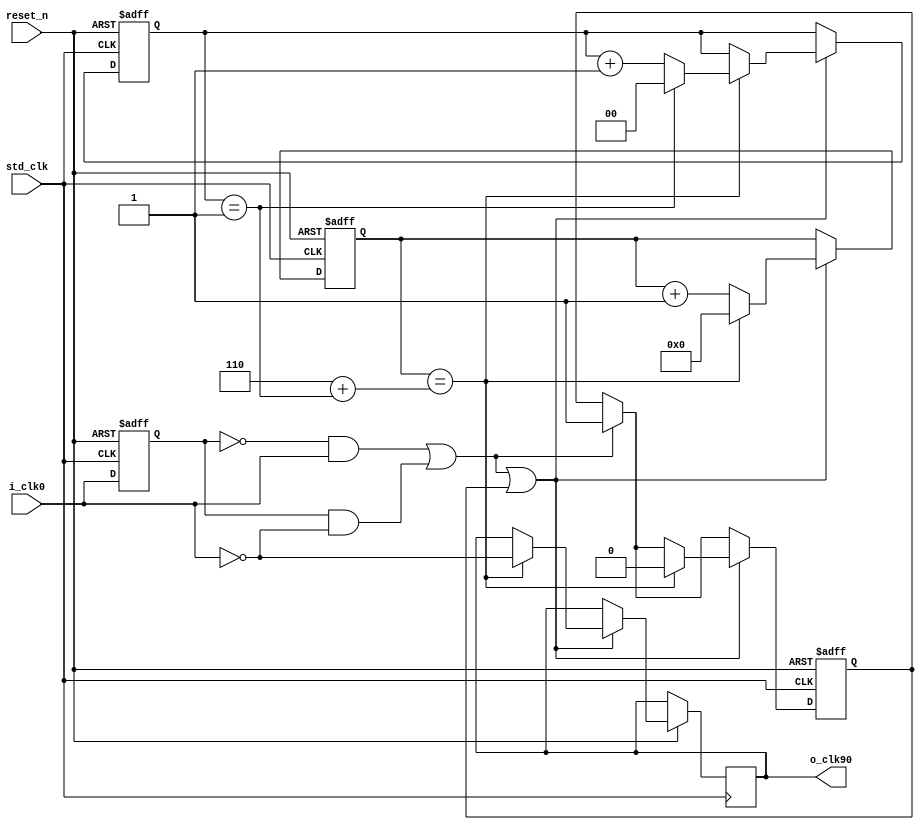
`timescale 1ns / 1ps
//////////////////////////////////////////////////////////////////////////////////
// Company: 
// 
// Design Name:    90 degrees Clock Shifter
// Module Name:    clk_shift90 
// Project Name: 
// Target Devices: 
// Tool versions: 
// Description: 
//
// Dependencies: 
//
// Revision: 
// Revision 0.01 - File Created
// Additional Comments: 
//
//////////////////////////////////////////////////////////////////////////////////
module clk_shift90
    (input std_clk, /* faster clock for sampling */
	 input reset_n,
	 input i_clk0,
	 output reg o_clk90 = 0       
    );
	function integer return_int(input integer num);
	   return_int =  num;
	endfunction
	
    parameter STD_CLK_FREQ = 12000000,
	          CLK_0_FREQ   = 400000,
		      SAMPLE_COUNT = return_int(STD_CLK_FREQ/(4 * CLK_0_FREQ)),
		      FRACTION_DENOMINATOR   = 2,
			  FRACTION_NUMERATOR     = 1'b1,
			  NUMERATOR_WIDTH        = 1,
			  DENOMINATOR_WIDTH      = 2,
			  COUNTER_WIDTH = 4
			  ;
	reg [COUNTER_WIDTH -1: 0] counter = 0;
	reg count_enable = 0; /* enabled at edges of i_clk0, disabled after SAMPLE_COUNT is reached */
	
	reg reg_iclk0 = 0;

	reg [DENOMINATOR_WIDTH -1:0] adj_counter;
	
	wire pos_edge = ~reg_iclk0 & i_clk0;
	wire neg_edge = reg_iclk0 & ~i_clk0;
	wire count_start = (pos_edge | neg_edge);
	generate
	if(FRACTION_DENOMINATOR == 0)
	begin
        always @(posedge std_clk, negedge reset_n)
	    begin
	        if(reset_n == 0)
	    	begin
	    	    reg_iclk0 <= 0;
	    		counter <= 0;
	    		count_enable <= 0;
	    	end
	    	else
	    	begin
	    	
	            reg_iclk0 <= i_clk0;
	    	
	    	   if(count_start)
	    	      count_enable <= 1;
	    		
	            if(count_start | counter_enable)
	    	      if(counter == (SAMPLE_COUNT - 1) )
	    		  begin
	    		    o_clk90 <= ~i_clk0;
	    			counter <= 0;
	    			count_enable <= 1'b0;
	    		  end
	    		  else
	    		      counter <= counter + 1'b1;
            end			  
	    end
	end
	else if(FRACTION_DENOMINATOR != 0)
	begin
		always @(posedge std_clk, negedge reset_n)
	    begin
	        if(reset_n == 0)
		    begin
		        reg_iclk0 <= 0;
			    counter <= 0;
			    count_enable <= 0;
				adj_counter <= 0;
		    end
		    else
		    begin
		
	            reg_iclk0 <= i_clk0;
		
		        if(count_start)
		            count_enable <= 1;
			
	            if(count_start | count_enable)
		            if(counter == (SAMPLE_COUNT - 1'b1 + (({NUMERATOR_WIDTH{(adj_counter == FRACTION_DENOMINATOR-1)}}) & (FRACTION_NUMERATOR))))
			        begin
			          o_clk90 <= ~i_clk0;
				      counter <= 0;
				      count_enable <= 1'b0;
					  adj_counter <= adj_counter + 1'b1;
					  if(adj_counter == (FRACTION_DENOMINATOR -1))
						  adj_counter <= 0;
			        end
			        else
			            counter <= counter + 1'b1;
            end			  
	    end
	end
	endgenerate
	
endmodule